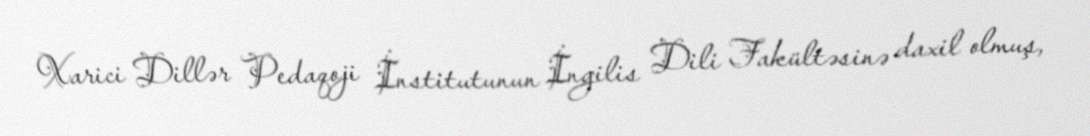
Xarici Dillər Pedaqoji İnstitutunun İngilis Dili Fakültəsinə daxil olmuş,